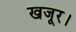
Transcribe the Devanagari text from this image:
खजूर।